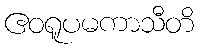
ဧဝရူပမကာသီတိ